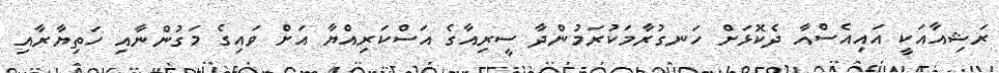
ރަޝިއާއަކީ އައިއެސްއާ ދެކޮޅަށް ހަނގުރާމަކުރަމުންދާ ސީރިއާގެ އަސްކަރިއްޔާ އަށް ވައިގެ މަގުންނާއި ހަތިޔާރާއި